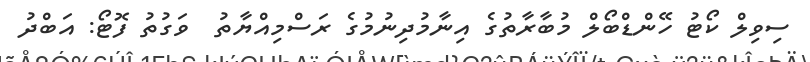
ސިވިލް ކޯޓު ހޭންޑްބޯލް މުބާރާތުގެ އިނާމުދިނުމުގެ ރަސްމިއްޔާތު  ވަގުތު ފޮޓޯ: އަބްދު